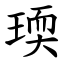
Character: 瑌